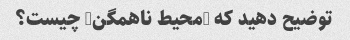
توضیح دهید که "محیط ناهمگن" چیست؟